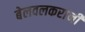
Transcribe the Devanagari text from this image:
बेलवलकरांनी